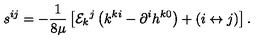
s ^ { i j } = - \frac 1 { 8 \mu } \left[ { \cal E } _ { k } { } ^ { j } \left( k ^ { k i } - \partial ^ { i } h ^ { k 0 } \right) + \left( i \leftrightarrow j \right) \right] .